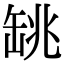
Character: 罀